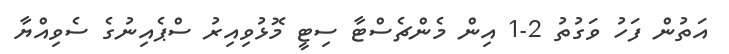
އަތުން ފަހު ވަގުތު 2-1 އިން މެންޗެސްޓާ ސިޓީ މޮޅުވިއިރު ސްޕެއިނުގެ ސެވިއްޔާ